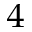
^ 4